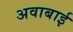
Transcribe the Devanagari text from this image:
अवाबाई